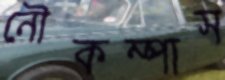
নৌকম্পাস